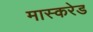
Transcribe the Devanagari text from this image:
मास्करेड